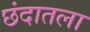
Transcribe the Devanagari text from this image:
छंदातला